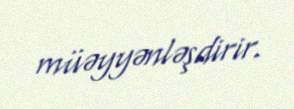
müəyyənləşdirir.